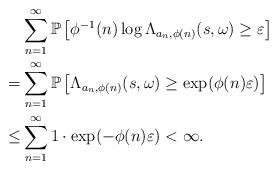
LaTeX: \begin{align*}&\sum_{n=1}^\infty \mathbb{P}\left[\phi^{-1}(n)\log \Lambda_{a_n,\phi(n)}(s,\omega)\geq\varepsilon\right]\\=&\sum_{n=1}^\infty\mathbb{P}\left[\Lambda_{a_n,\phi(n)}(s,\omega)\geq\exp(\phi(n)\varepsilon)\right]\\\leq&\sum_{n=1}^\infty 1\cdot\exp(-\phi(n)\varepsilon)<\infty.\end{align*}